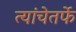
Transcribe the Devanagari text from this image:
त्यांचेतर्फे